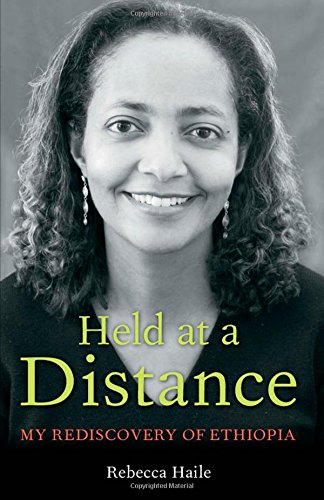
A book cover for Held at a Distance: A Rediscovery of Ethiopia; Rebecca G. Haile; History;